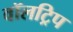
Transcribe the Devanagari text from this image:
वॉलट्रिप